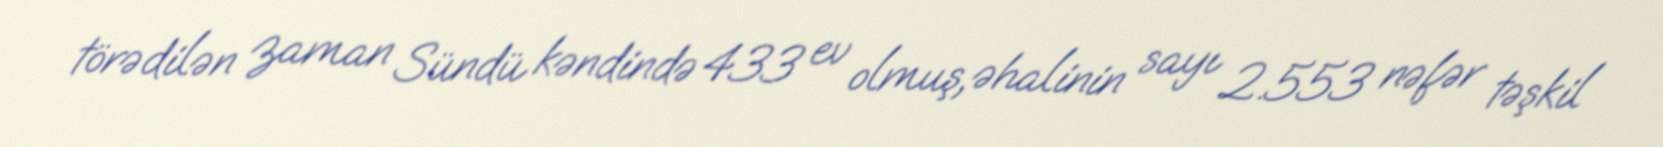
törədilən zaman Sündü kəndində 433 ev olmuş, əhalinin sayı 2.553 nəfər təşkil